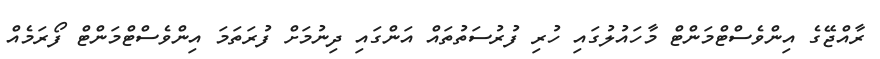
ރާއްޖޭގެ އިންވެސްޓްމަންޓް މާހައުލުގައި ހުރި ފުރުސަތުތައް އަންގައި ދިނުމަށް ފުރަތަމަ އިންވެސްޓްމަންޓް ފޯރަމެއް